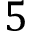
5